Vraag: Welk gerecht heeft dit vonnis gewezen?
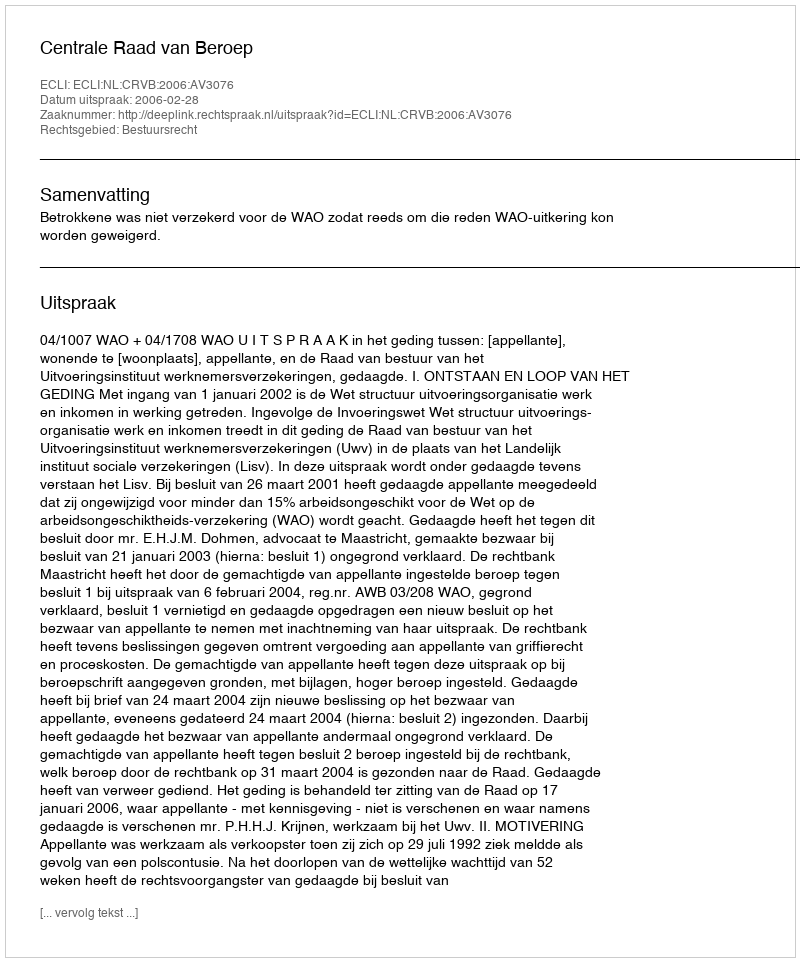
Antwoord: Centrale Raad van Beroep